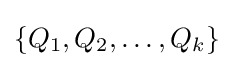
{\textstyle \{Q_{1},Q_{2},\ldots ,Q_{k}\}}